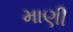
માણી